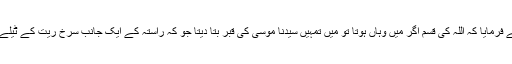
رسول اللہﷺ نے فرمایا کہ اللہ کی قسم اگر میں وہاں ہوتا تو میں تمہیں سیدنا موسیٰؑ کی قبر بتا دیتا جو کہ راستہ کے ایک جانب سرخ ریت کے ٹیلے کے پاس ہے۔